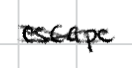
Text: escape
Cross-out: cross
Writing tool: digital_black